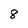
Character: 8